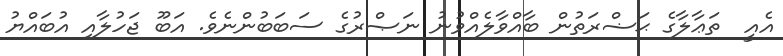
އެއީ  ތަޢާލާގެ ޙަޟްރަތުން ބާއްވާލެއްވުނު ނަޞްރުގެ ސަބަބުންނެވެ. އަބޫ ޖަހުލާއި އުބައްޔު